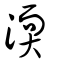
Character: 渜